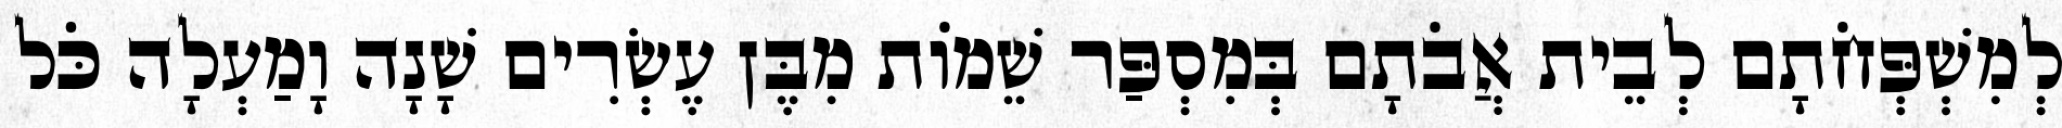
לְמִשְׁפְּחֹתָם לְבֵית אֲבֹתָם בְּמִסְפַּר שֵׁמוֹת מִבֶּן עֶשְׂרִים שָׁנָה וָמַעְלָה כֹּל